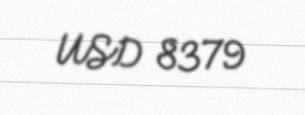
USD 8379